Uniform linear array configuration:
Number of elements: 16
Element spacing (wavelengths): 0.5
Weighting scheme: hann
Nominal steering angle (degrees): -60
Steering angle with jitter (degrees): -59.226
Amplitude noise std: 0.05
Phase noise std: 0.05

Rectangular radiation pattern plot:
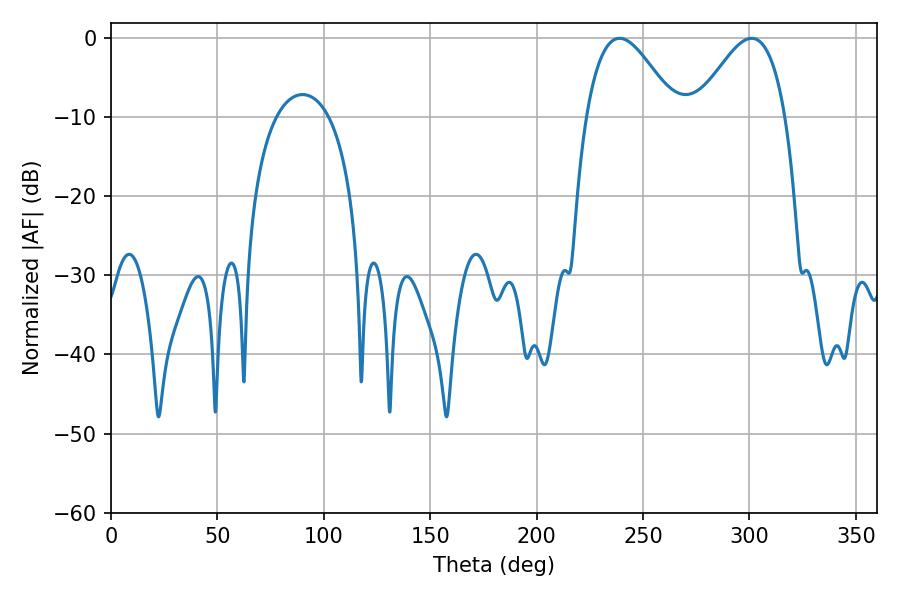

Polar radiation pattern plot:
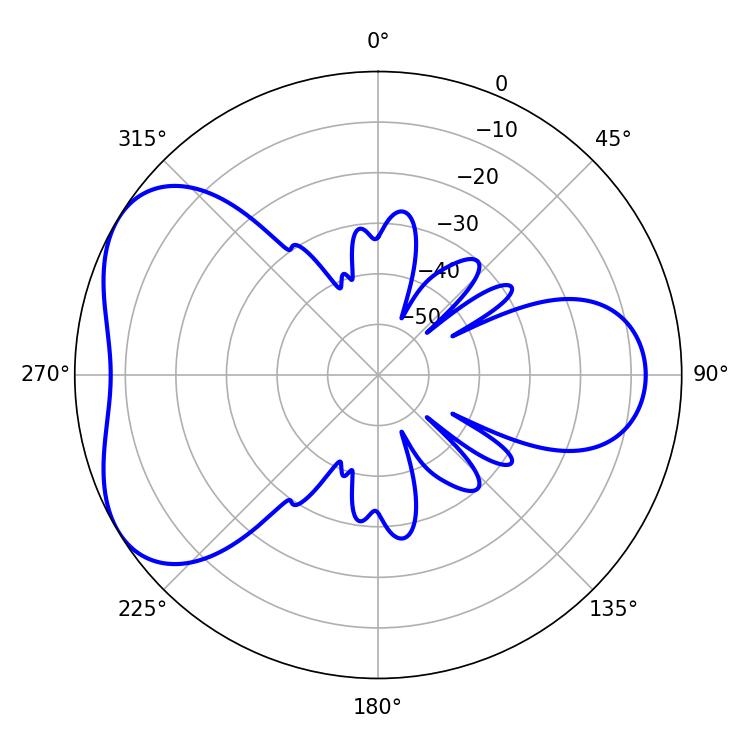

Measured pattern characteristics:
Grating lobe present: FALSE
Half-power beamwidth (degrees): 22.68
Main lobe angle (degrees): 239.04